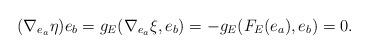
LaTeX: \begin{align*}(\nabla_{e_a}\eta)e_b=g_E(\nabla_{e_a}\xi,e_b)=-g_E(F_E(e_a),e_b)=0.\end{align*}